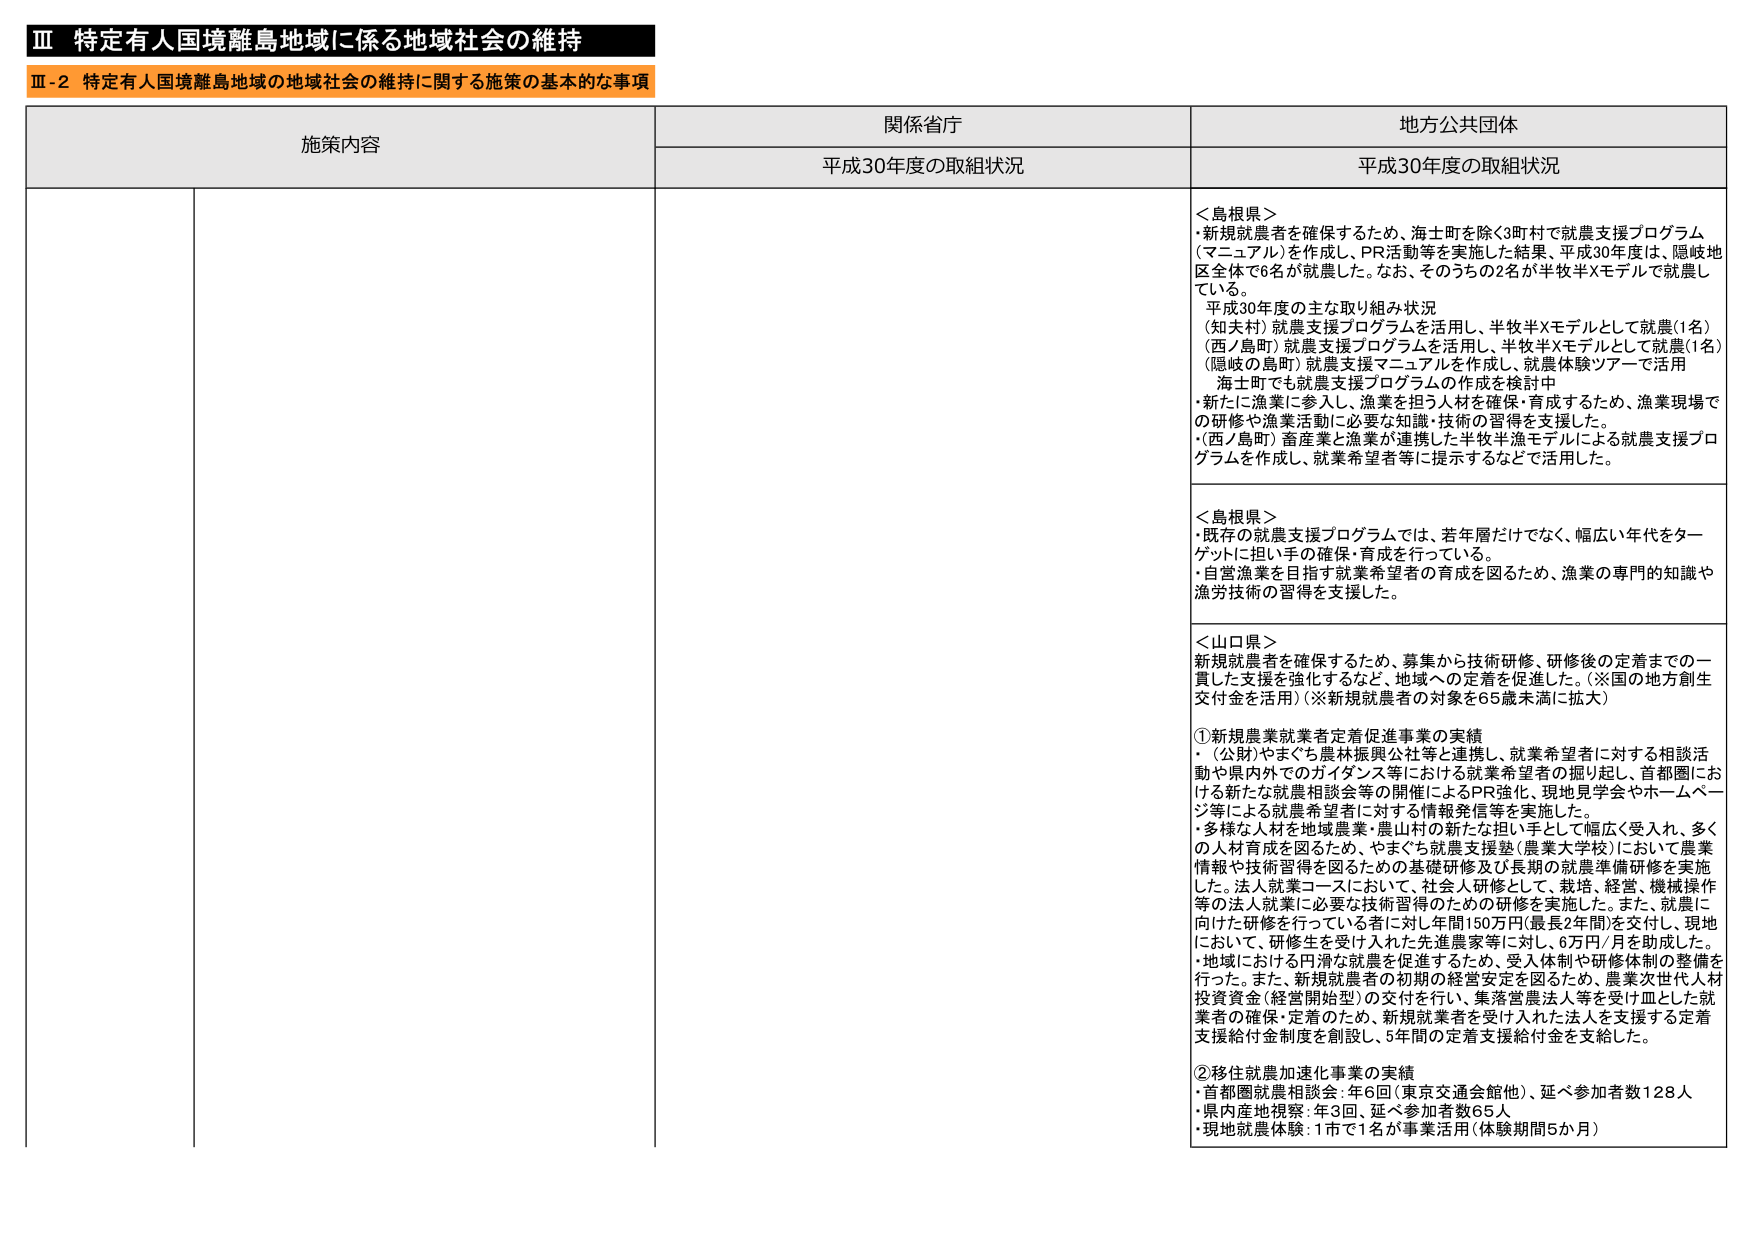
Ⅲ 特定有人国境離島地域に係る地域社会の維持
Ⅲ-2 特定有人国境離島地域の地域社会の維持に関する施策の基本的な事項

施策内容
関係省庁
地方公共団体

平成30年度の取組状況
平成30年度の取組状況

＜島根県＞
・新規就農者を確保するため、海士町を除く3町村で就農支援プログラム（マニュアル）を作成し、PR活動等を実施した結果、平成30年度は、隠岐地区全体で6名が就農した。なお、そのうちの2名が半牧半Xモデルで就農している。
平成30年度の主な取り組み状況
（知夫村）就農支援プログラムを活用し、半牧半Xモデルとして就農（1名）
（西ノ島町）就農支援プログラムを活用し、半牧半Xモデルとして就農（1名）
（隠岐の島町）就農支援マニュアルを作成し、就農体験ツアーで活用
海士町でも就農支援プログラムの作成を検討中
・新たに漁業に参入し、漁業を担う人材を確保・育成するため、漁業現場での研修や漁業活動に必要な知識・技術の習得を支援した。
・（西ノ島町）畜産業と漁業が連携した半牧半漁モデルによる就農支援プログラムを作成し、就業希望者等に提示するなどで活用した。

＜島根県＞
・既存の就農支援プログラムでは、若年層だけでなく、幅広い年代をターゲットに担い手の確保・育成を行っている。
・自営漁業を目指す就業希望者の育成を図るため、漁業の専門的知識や漁労技術の習得を支援した。

＜山口県＞
新規就農者を確保するため、募集から技術研修、研修後の定着までの一貫した支援を強化するなど、地域への定着を促進した。（※国の地方創生交付金を活用）（※新規就農者の対象を65歳未満に拡大）

①新規農業就業者定着促進事業の実績
・（公財）やまぐち農林振興公社等と連携し、就業希望者に対する相談活動や県内外でのガイダンス等における就業希望者の掘り起こし、首都圏における新たな就農相談会等の開催によるPR強化、現地見学会やホームぺージ等による就農希望者に対する情報発信等を実施した。
・多様な人材を地域農業・農山村の新たな担い手として幅広く受入れ、多くの人材育成を図るため、やまぐち就農支援塾（農業大学校）において農業情報や技術習得を図るための基礎研修及び長期の就農準備研修を実施した。法人就業に必要な技術習得のための研修を実施した。また、就農に向けた研修を行っている者に対し年間150万円（最長2年間）を交付し、現地において、研修生を受け入れた先進農家等に対し、6万円／月を助成した。
・地域における円滑な就農を促進するため、受入体制や研修体制の整備を行った。また、新規就農者の初期の経営安定を図るため、農業次世代人材投資資金（経営開始型）の交付を行い、集落営農法人等を受け皿とした就業者の確保・定着のため、新規就業者を受け入れた法人を支援する定着支援給付金制度を創設し、5年間の定着支援給付金を支給した。

②移住就農加速化事業の実績
・首都圏就農相談会：年6回（東京交通会館他）、延べ参加者数128人
・県内産地視察：年3回、延べ参加者数65人
・現地就農体験：1市で1名が事業活用（体験期間5か月）